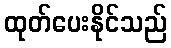
ထုတ်ပေးနိုင်သည်